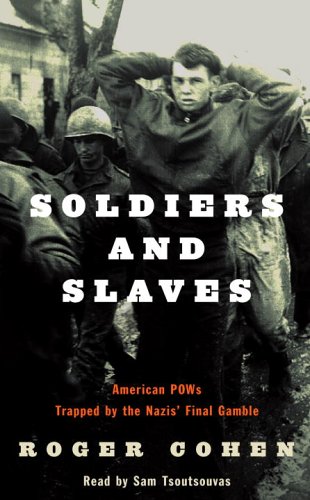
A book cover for Soldiers and Slaves: American POWs Trapped by the Nazi's Final Gamble; Roger Cohen; Health, Fitness & Dieting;